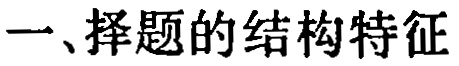
一、择题的结构特征